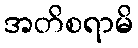
အတိစရာမိ